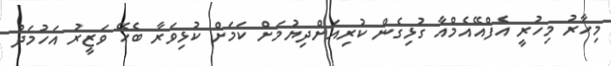
މިހާރު މިހުރީ އެފްއޭއެމްއާ ގުޅިގެން ކުރިއަށްދިޔުމަށް ކަމަށް ކުޅިވަރާ ބެހޭ ވަޒީރު އަހުމަދު